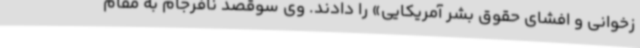
زخوانی و افشای حقوق بشر آمریکایی» را دادند. وی سوقصد نافرجام به مقام